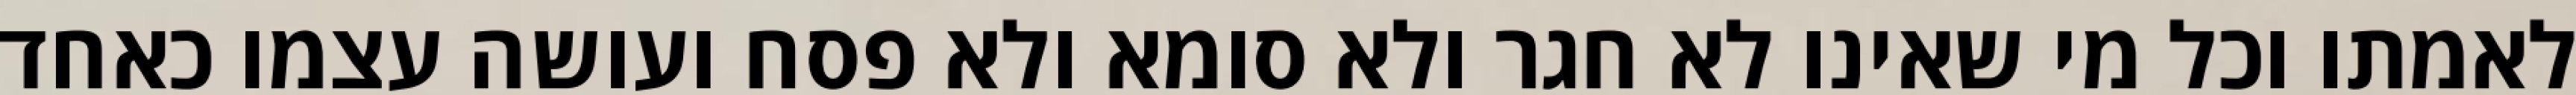
לאמתו וכל מי שאינו לא חגר ולא סומא ולא פסח ועושה עצמו כאחד